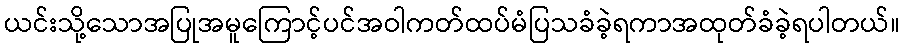
ယင်းသို့သောအပြုအမူကြောင့်ပင်အဝါကတ်ထပ်မံပြသခံခဲ့ရကာအထုတ်ခံခဲ့ရပါတယ်။